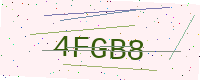
Text: 4FGB8